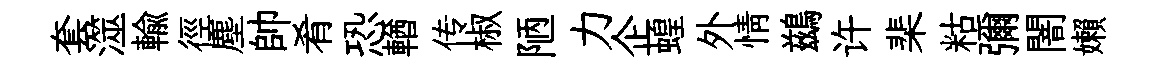
套澨輸徑塵帥肴恐輶传椒陋力企蝗外情鷀许棐䊀彌闇嬾